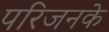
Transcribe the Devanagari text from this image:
परिजनके